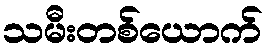
သမီးတစ်ယောက်